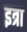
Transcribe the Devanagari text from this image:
इत्रा